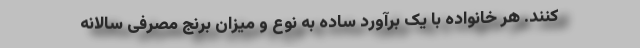
کنند. هر خانواده با یک برآورد ساده به نوع و میزان برنج مصرفی سالانه